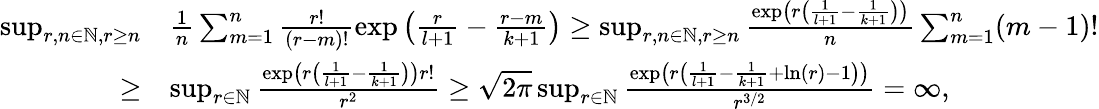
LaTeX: \begin{array}{rl}{\operatorname*{sup}_{r,n\in\mathbb{N},r\geq n}}&{\frac{1}{n}\sum_{m=1}^{n}\frac{r!}{(r-m)!}\exp\left(\frac{r}{l+1}-\frac{r-m}{k+1}\right)\geq\operatorname*{sup}_{r,n\in\mathbb{N},r\geq n}\frac{\exp\left(r\left(\frac{1}{l+1}-\frac{1}{k+1}\right)\right)}{n}\sum_{m=1}^{n}(m-1)!}\\ {\geq}&{\operatorname*{sup}_{r\in\mathbb{N}}\frac{\exp\left(r\left(\frac{1}{l+1}-\frac{1}{k+1}\right)\right)r!}{r^{2}}\geq\sqrt{2\pi}\operatorname*{sup}_{r\in\mathbb{N}}\frac{\exp\left(r\left(\frac{1}{l+1}-\frac{1}{k+1}+\ln(r)-1\right)\right)}{r^{3/2}}=\infty,}\end{array}